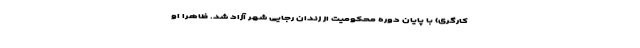
کارگری) با پایان دوره محکومیت از زندان رجایی شهر آزاد شد. ظاهراً او